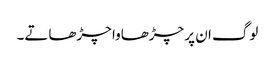
لوگ ان پر چڑھاوا چڑھاتے۔